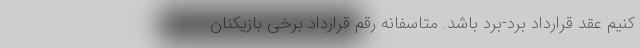
کنیم عقد قرارداد برد-برد باشد. متاسفانه رقم قرارداد برخی بازیکنان